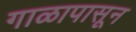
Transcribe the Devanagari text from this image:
गाळापासून